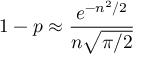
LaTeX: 1 - p \approx { \frac { e ^ { - n ^ { 2 } / 2 } } { n { \sqrt { \pi / 2 } } } }